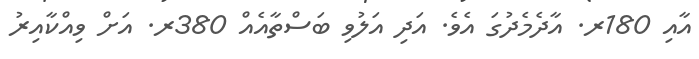
އާއި 180ރ. އާދެމެދުގަ އެވެ. އަދި އަލުވި ބަސްތާއެއް 380ރ. އަށް ވިއްކާއިރު